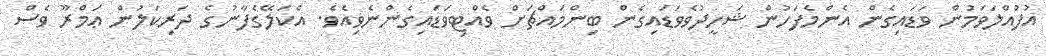
އުފުއްލަވަމުން ވަޑައިގެން އެންމެފަހުން ޝަހީދުވެވަޑައިގެން ބިންމައްޗަށް ވެއްޓިވަޑައިގެންނެވިއެވެ. އެކަލޭގެފާނުގެ ދަރިކަލުން ޢަމްރޫ ވެސް